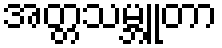
အတ္တသမ္ဘူတာ